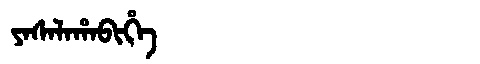
Manchu: ᠶᠠᠰᠠᠯᠠᡥᠠᠪᡳᡥᡝ
Romanization: YASALAHABIHE